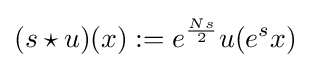
(s\star u)(x):=e^{\frac {Ns}{2}}u(e^{s}x)